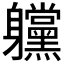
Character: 𲄲